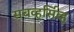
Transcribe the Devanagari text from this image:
सबव्हर्सिव्ह